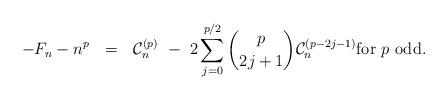
LaTeX: \begin{align*} - F_n - n^p \ \ = \ \ \mathcal{C}_n^{(p)} \ - \ 2\sum_{j=0}^{p/2} \binom{p}{2j+1} \mathcal{C}_n^{(p-2j-1)} \mbox{for $p$ odd}.\end{align*}